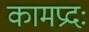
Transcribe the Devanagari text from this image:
कामप्रदः